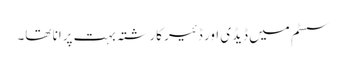
سسٹم میں ڈیڈی اور ڈئیر کارشتہ بہت پرانا تھا۔